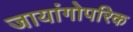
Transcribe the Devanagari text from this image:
जायांगोपरिक